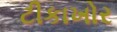
ટીકાખોર